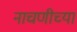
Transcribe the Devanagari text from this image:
नाचणीच्या